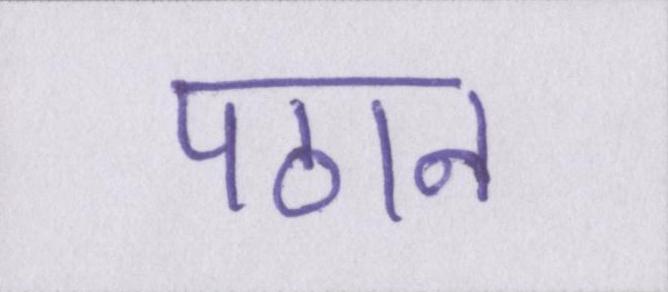
पठान